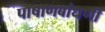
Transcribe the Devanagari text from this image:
पाषाणबांधणी